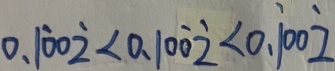
0 . 1 \dot { 0 } 0 \dot { 2 } < 0 . 1 0 \dot { 0 } \dot { 2 } < 0 . \dot { 1 } 0 0 \dot { 2 }